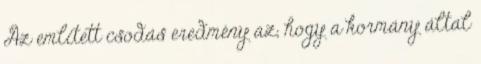
Az említett csodás eredmény az, hogy a kormány által